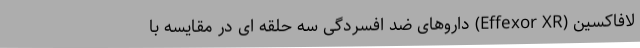
لافاکسین (Effexor XR) داروهای ضد افسردگی سه حلقه ای در مقایسه با